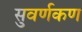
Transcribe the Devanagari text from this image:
सुवर्णकण